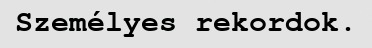
Személyes rekordok.